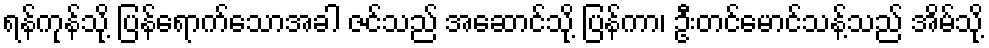
ရန်ကုန်သို့ ပြန်ရောက်သောအခါ ဇင်သည် အဆောင်သို့ ပြန်ကာ၊ ဦးတင်မောင်သန့်သည် အိမ်သို့